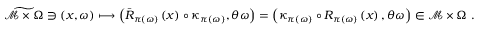
\widetilde { \mathcal { M } \times \Omega } \ni \left( x , \omega \right) \longmapsto \left( \bar { R } _ { \pi \left( \omega \right) } \left( x \right) \circ \kappa _ { \pi \left( \omega \right) } , \theta \omega \right) = \left( \kappa _ { \pi \left( \omega \right) } \circ R _ { \pi \left( \omega \right) } \left( x \right) , \theta \omega \right) \in \mathcal { M } \times \Omega \ .